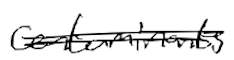
Text: contaminants
Cross-out: double-line
Writing tool: digital_black